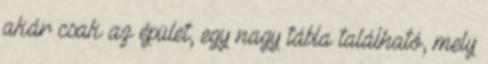
akár csak az épület, egy nagy tábla található, mely